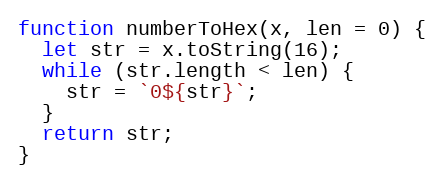
Language: JavaScript
function numberToHex(x, len = 0) {
  let str = x.toString(16);
  while (str.length < len) {
    str = `0${str}`;
  }
  return str;
}